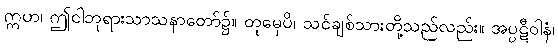
ဣဟ၊ ဤငါဘုရားသာသနာတော်၌။ တုမှေပိ၊ သင်ချစ်သားတို့သည်လည်း။ အပ္ပဋီဝါနံ၊